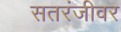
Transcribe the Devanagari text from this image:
सतरंजीवर